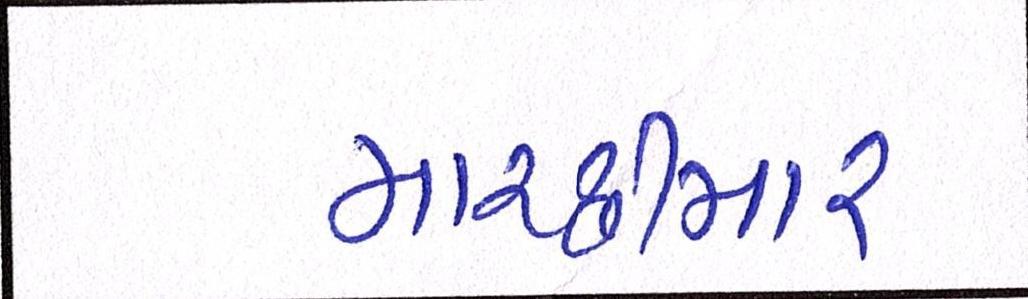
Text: માચ્છીમાર